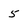
Character: 5